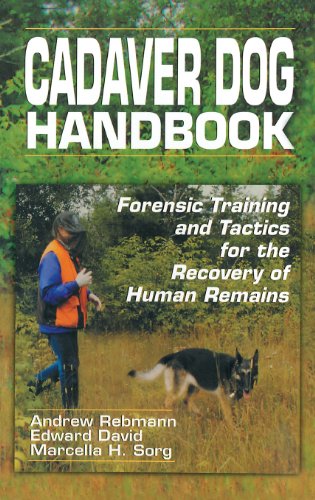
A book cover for Cadaver Dog Handbook: Forensic Training and Tactics for the Recovery of Human Remains; Andrew Rebmann; Science & Math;